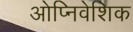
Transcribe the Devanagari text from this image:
ओप्निवेशिक